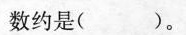
(2)15.12828…可以写成( )，它是一个( )小数，循环节是( )，保留两位小